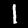
Digit: 1